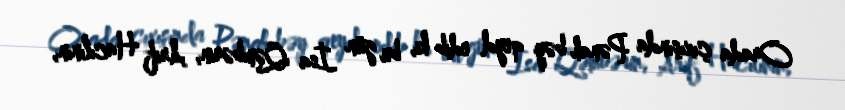
Orada çıxışında Pənah bəy qeyd edib ki, bu gün İsa Qəmbərin, Arif Hacılının,